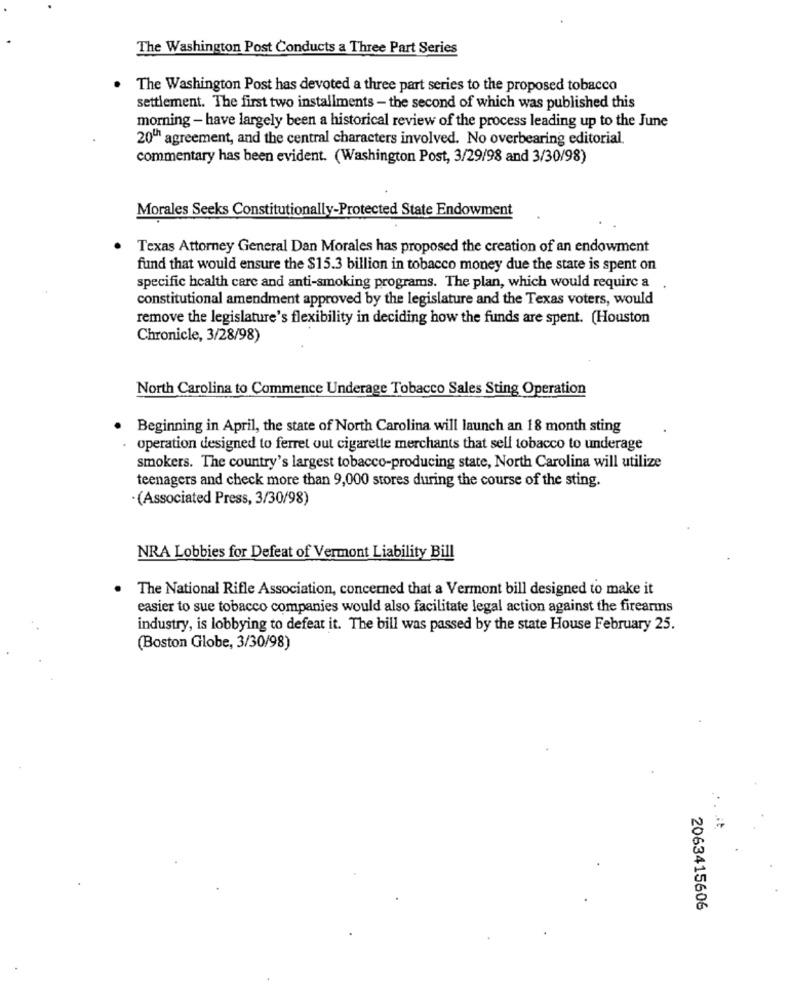
The Washington Post Conducts a Three Part Series
The Washington Post has devoted a three part series to the proposed tobacco
settlement. The first two installments - the second of which was published this
morning - have largely been a historical review of the process leading up to the June
20"" agreement, and the central characters involved. No overbearing editorial.
commentary has been evident. (Washington Post, 3/29/98 and 3/30/98)
Morales Seeks Constitutionally-Protected State Endowment
Texas Attorney General Dan Morales has proposed the creation of an endowment
fund that would ensure the $15.3 billion in tobacco money due the state is spent on
specific health care and anti-smoking programs. The plan, which would require a
constitutional amendment approved by the legislature and the Texas voters, would
remove the legislature's flexibility in deciding how the funds are spent. (Houston
Chronicle, 3/28/98)
North Carolina to Commence Underage Tobacco Sales Sting Operation
Beginning in April, the state of North Carolina will launch an 18 month sting
operation designed to ferret out cigarette merchants that sell tobacco to underage
smokers. The country's largest tobacco-producing state, North Carolina will utilize
teenagers and check more than 9,000 stores during the course of the sting.
(Associated Press, 3/30/98)
NRA Lobbies for Defeat of Vermont Liability Bill
The National Rifle Association, concerned that a Vermont bill designed to make it
easier to sue tobacco companies would also facilitate legal action against the firearms
industry, is lobbying to defeat it. The bill was passed by the state House February 25.
(Boston Globe, 3/30/98)
2063415606